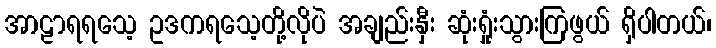
အာဠာရရသေ့ ဥဒကရသေ့တို့လိုပဲ အချည်းနှီး ဆုံးရှုံးသွားကြဖွယ် ရှိပါတယ်၊